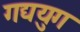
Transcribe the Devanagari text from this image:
गद्ययुग